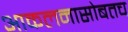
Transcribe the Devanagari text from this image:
आकलनासोबतच